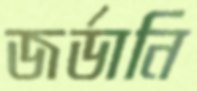
জর্ডানি